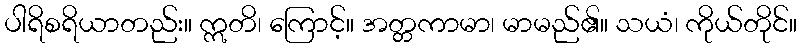
ပါရိစရိယာတည်း။ ဣတိ၊ ကြောင့်။ အတ္တကာမာ၊ မာမည်၏။ သယံ၊ ကိုယ်တိုင်။